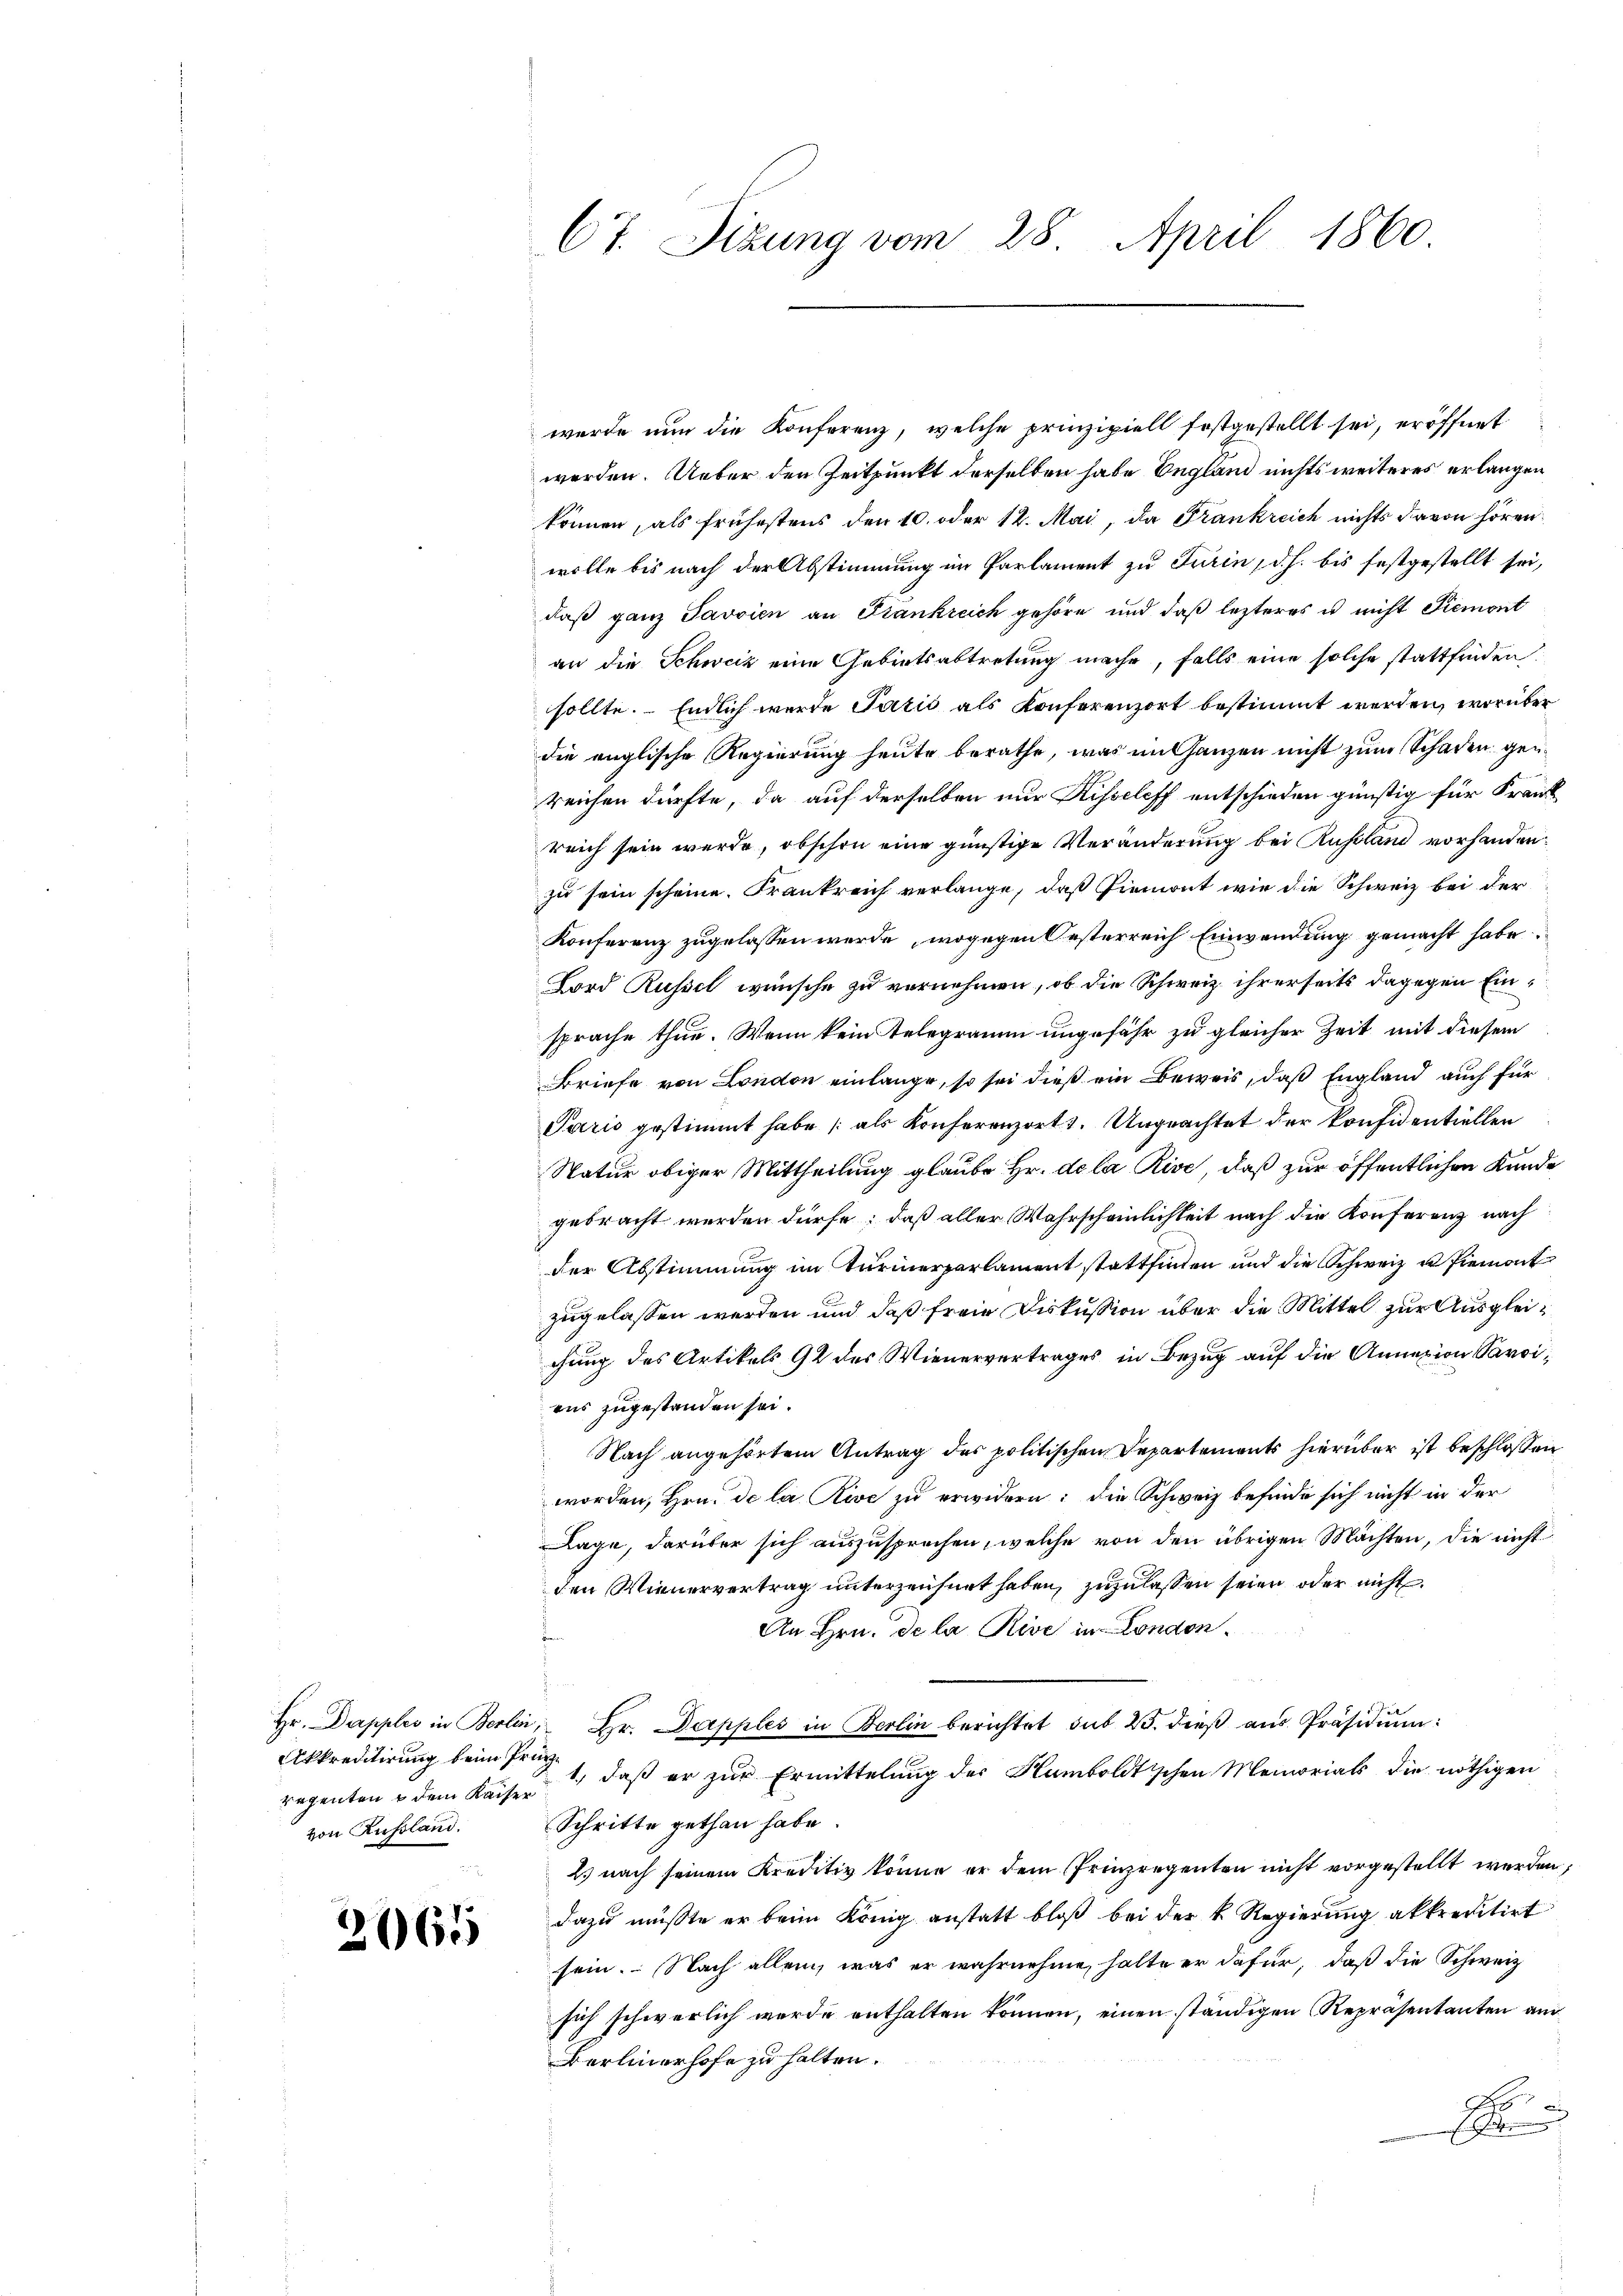
Akkreditirung beim Präse
von Russland.

2061

Ct. Sizung vom 28. April 1860

wurde nun die Konferenz, welche prinzipiell festgestellt sei, eröffnet
werden. Ueber den Zeitpunkt derselben habe England nichts weiteres erlangen,
können, als frühestens den 10. oder 12. Mai, da Frankreich nichts davon hören
wolle bis nach der Abstimmung im Parlament zu Turin, d. h. bis festgestellt sei,
daß ganz Javsien an Frankreich gehöre und daβ lezteres u nicht Siemont
an die Schweiz eine Gebietsabtretung mache, falls eine solche stattfinden.
sollte. Endlich wurde Pazić als Konferenzort bestimmt werden, worüber
die englische Regierung heute berathe, was im Ganzen nicht zum Schaden gen
reichen dürfte, da auf derselben nur Kisseleff entschieden günstig für Frank
reich sein werde, obschon eine günstige Veränderung bei Russland vorhanden.
zu sein scheine. Frankreich verlange, daß Piemont wie die Schweiz bei der
Konferenz zugelassen werde, wogegen Oesterreich Einwendung gemacht habe
Lord Russel wünsche zu vernehmen, ob die Schweiz ihrerseits dagegen Einsprache thue. Wenn kein Telegramm ungefähr zu gleicher Zeit mit diesem
Briefe von London einlange, so sei dieß ein Beweis, daß England auch für
Paris gestimmt habe (als Konferenzort. Ungeachtet der Konfidentiellen
Natur obiger Mittheilung glaube Hr. de la Rive, daß zur öffentlichen Kunde
gebracht werden dürfe; daß aller Wahrscheinlichkeit nach die Konferenz nach
der Abstimmung im Turierparlament stattfinden und die Schweiz u Piemont
zugelassen werden und daß freie Diskussion über die Mittel zur Ausgleichung des Artikels 92 des Wienervertrages in Bezug auf die Annazion Parians zugestanden sei.
Nach angehörtem Antrag des politischen Departements hierüber ist beschlossen
worden, Hrn. De la Rive zu erwidern; die Schweiz befinde sich nicht in der
Lage, darüber sich auszusprechen, welche von den übrigen Mächten, die nicht
den Wienervertrag unterzeichnet haben, zuzulassen seien oder nicht
An Hrn. Se la Rive in London.
Hr. Dapples in Berlin, Hr. Dapples in Berlin berichtet sub 25. dieß aus Präsidium:
regenten u dem Kaiser daß er zŭr Ermittelung der Kamboldtischen Memorials die nöthigen
Schritte gethan habe.
2.) nach seinem Kreditiv könne er dem Prinzregenten nicht vorgestellt werden,
dazu müßte er beim König anstatt bloß bei der k. Regierung akkreditirt
sein. Nach allein, was er wahrnehme, halte er dafür, daß die Schweiz
sich schwerlich wurde enthalten können, einen ständigen Repräsentanten am
Berlinerhofe zu halten.
e
Ein Gute